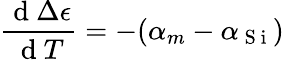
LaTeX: \frac{\mathrm{~d~}\Delta\epsilon}{\mathrm{~d~}T}=-(\alpha_{m}-\alpha_{\mathrm{~S~i~}})